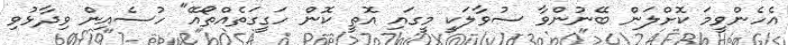
އެހެންވީމަ ކޮށްލަން ބޭނުންވާ ސުވާލަކީ މީގައި އޮތީ ކޮން ހަގީގަތެއްތޯއޭ" ހުސެއިން ވިދާޅުވި